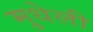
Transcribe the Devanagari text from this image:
मुधेली